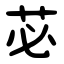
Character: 苾